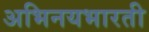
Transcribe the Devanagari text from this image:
अभिनयभारती